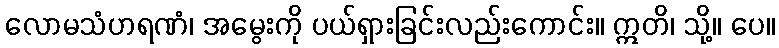
လောမသံဟရဏံ၊ အမွေးကို ပယ်ရှားခြင်းလည်းကောင်း။ ဣတိ၊ သို့။ ပေ။